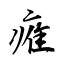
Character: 痽